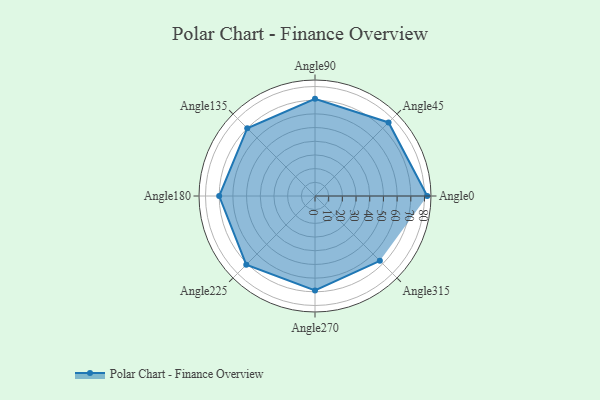
{"axis": {"x": "Angle", "y": "Radius"}, "legend": [""], "data": [{"x": "Angle0", "y": 82.0, "type": ""}, {"x": "Angle45", "y": 76.0, "type": ""}, {"x": "Angle90", "y": 71.0, "type": ""}, {"x": "Angle135", "y": 70.0, "type": ""}, {"x": "Angle180", "y": 70.0, "type": ""}, {"x": "Angle225", "y": 71.0, "type": ""}, {"x": "Angle270", "y": 69.0, "type": ""}, {"x": "Angle315", "y": 67.0, "type": ""}]}